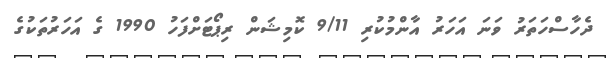
ދެހާސްހަތަރު ވަނަ އަހަރު އާންމުކުރި 9/11 ކޮމިޝަން ރިޕޯޓަށްފަހު 1990 ގެ އަހަރުތަކުގެ